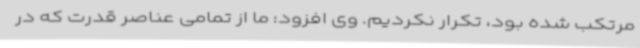
مرتکب شده بود، تکرار نکردیم. وی افزود: ما از تمامی عناصر قدرت که در